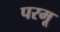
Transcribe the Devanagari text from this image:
परमू